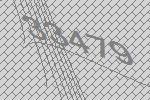
33479